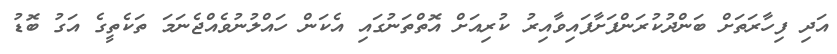
އަދި ފިހާރަތަށް ބަންދުކުރަންފަށާފައިވާއިރު ކުރިއަށް އޮތްތަނުގައި އެކަން ހައްލުނުވެއްޖެނަމަ ތަކެތީގެ އަގު ބޮޑު